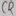
Text: C2